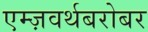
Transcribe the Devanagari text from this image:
एम्ज़वर्थबरोबर